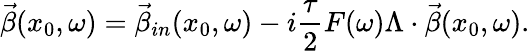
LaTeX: \vec{\beta}(x_{0},\omega)=\vec{\beta}_{in}(x_{0},\omega)-i\frac{\tau}{2}F(\omega)\Lambda\cdot\vec{\beta}(x_{0},\omega).